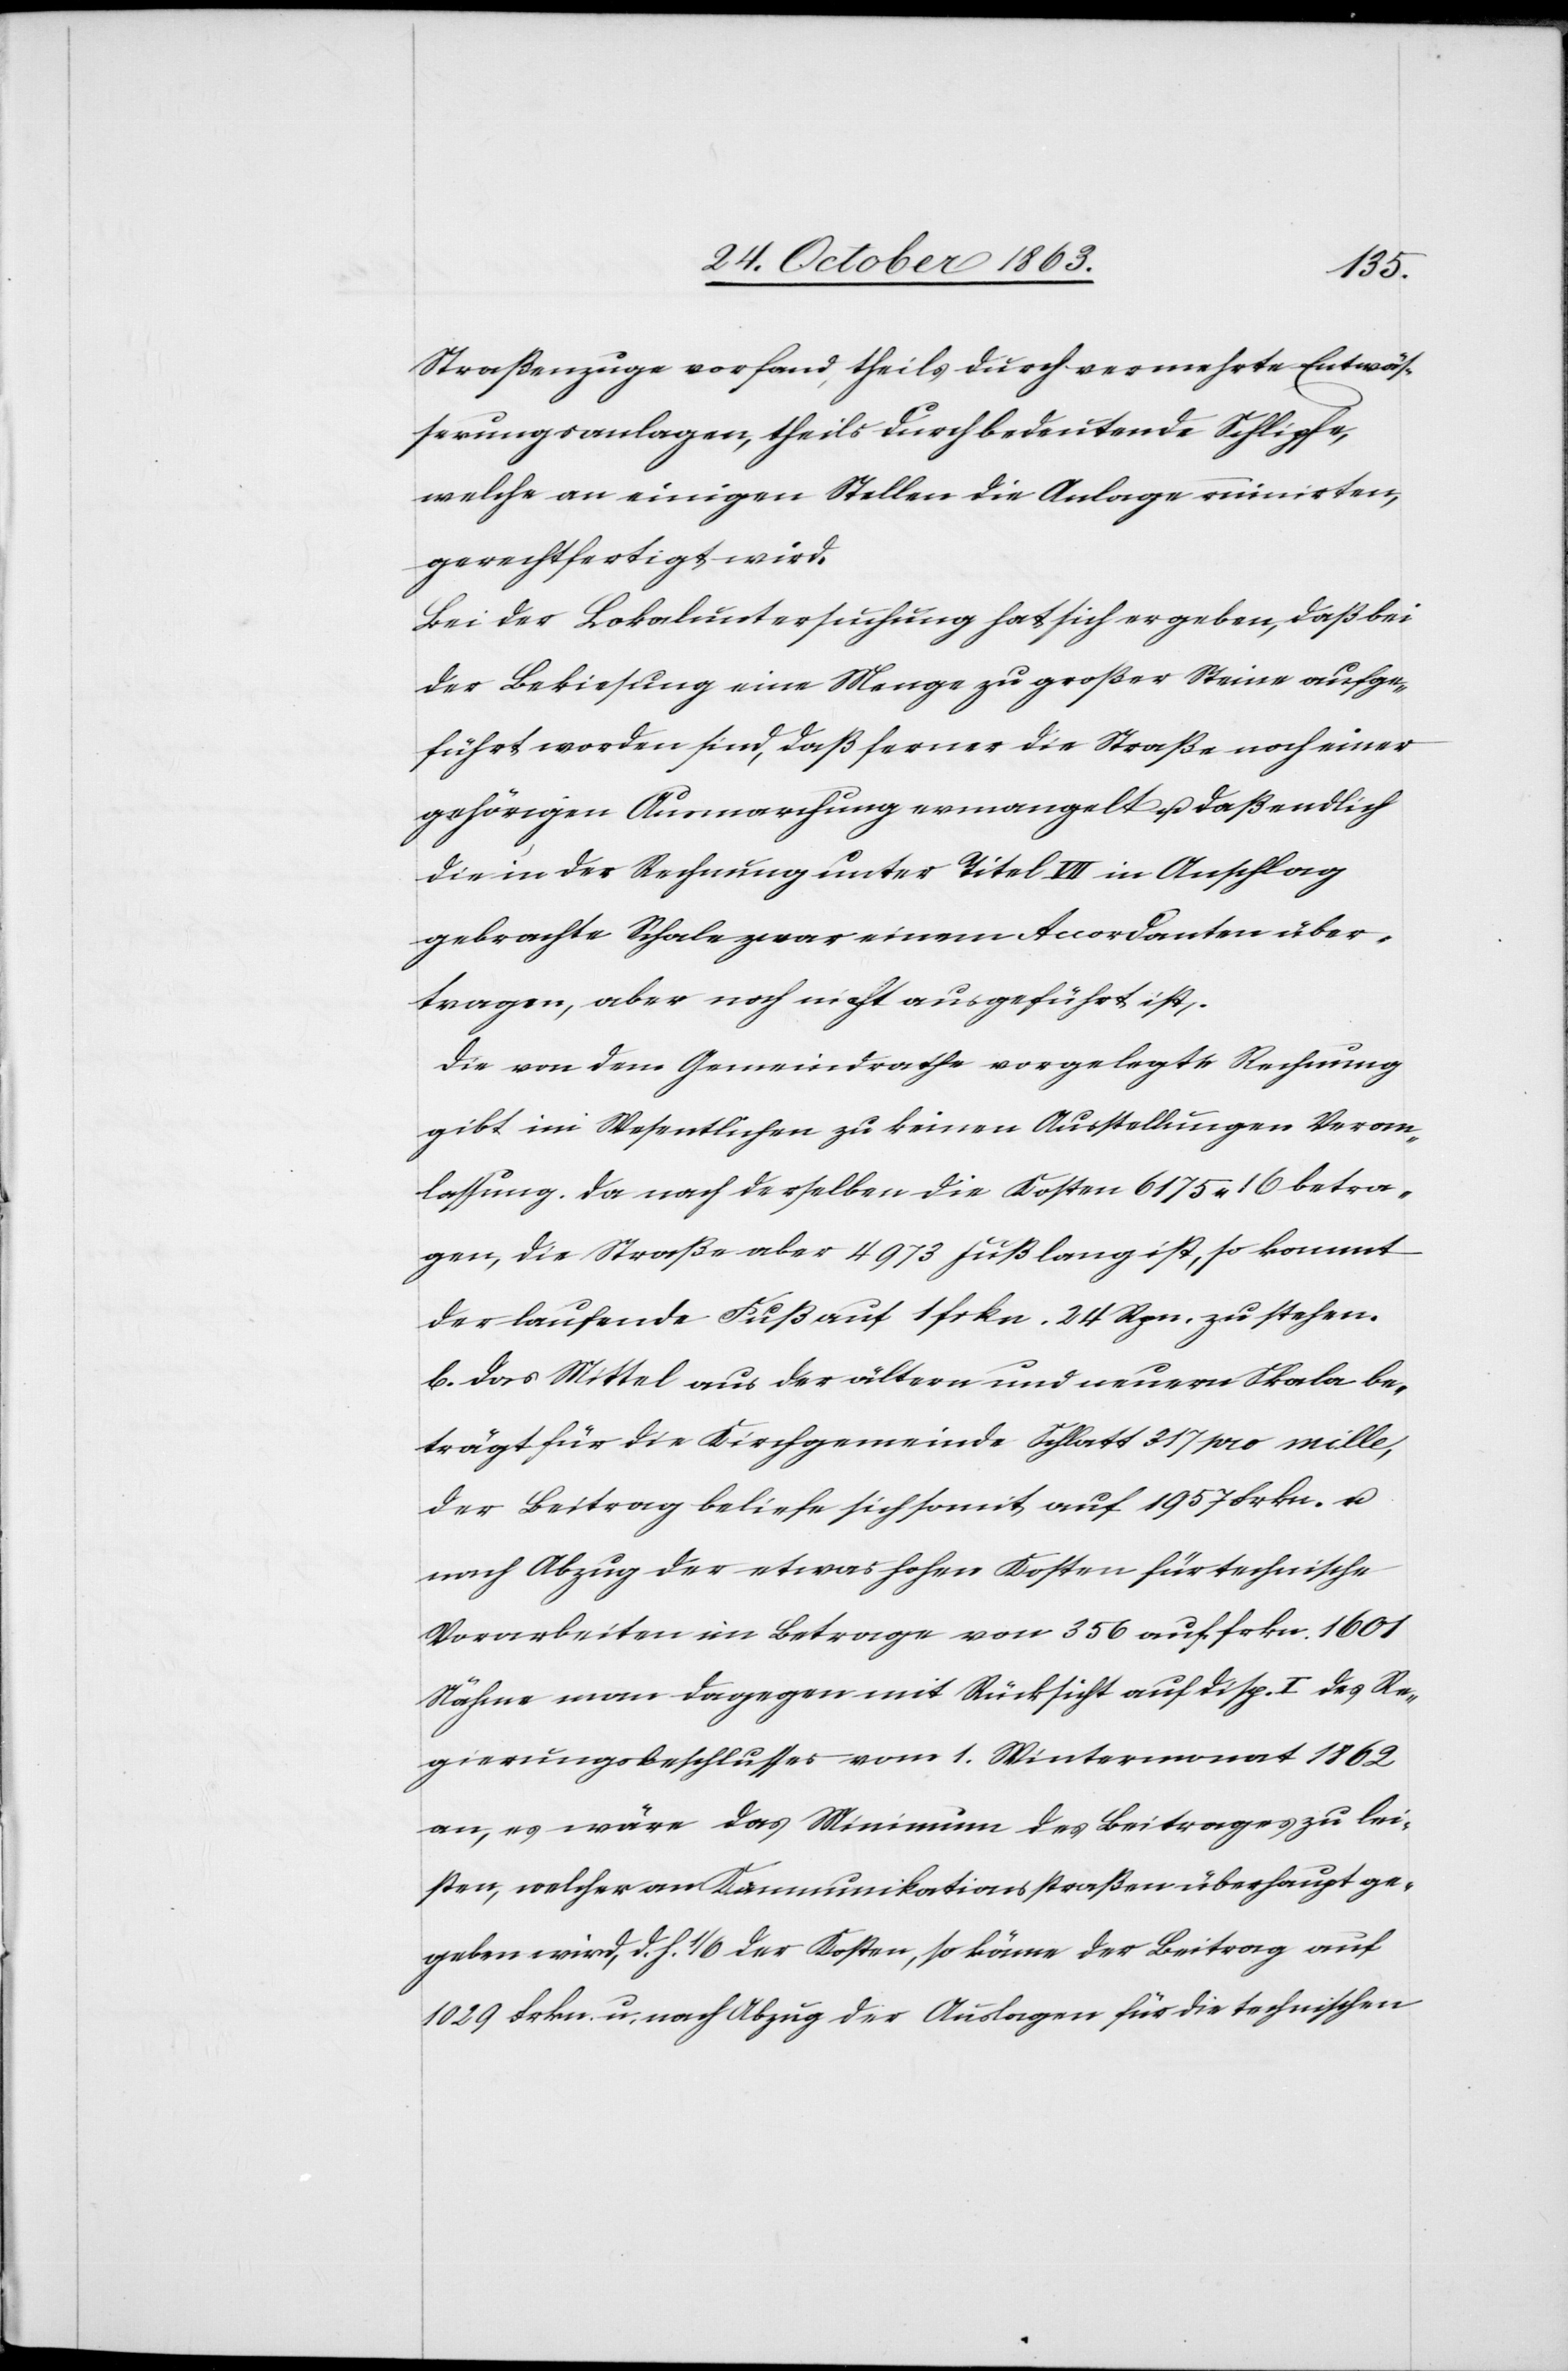
Straßenzuge vorfand, theils durch vermehrte Entwäs¬
serungsanlagen, theils durch bedeutende Schlipfe,
welche an einigen Stellen die Anlage ruinirten,
gerechtfertigt wird.
Bei der Lokaluntersuchung hat sich ergeben, daß bei
der Bekiesung eine Menge zu großer Steine aufge¬
führt worden sind, daß ferner die Straße noch einer
gehörigen Ausmarchung ermangelt u. daß endlich
die in der Rechnung unter Titel VII in Anschlag
gebrachte Schale zwar einem Accordanten über¬
tragen, aber noch nicht ausgeführt ist.
Die von dem Gemeindrathe vorgelegte Rechnung
gibt im Wesentlichen zu keinen Ausstellungen Veran¬
lassung. Da nach derselben die Kosten 6175. 16 betra¬
gen, die Straße aber 4973 Fuß lang ist, so kommt
der laufende Fuß auf 1 frkn. 24 Rpn. zu stehen.
b.) Das Mittel aus der ältern und neuern Skala be¬
trägt für die Kirchgemeinde Schlatt 317 pro mille,
der Beitrag beliefe sich somit auf 1957 Frkn. u.
nach Abzug der etwas hohen Kosten für technische
Vorarbeiten im Betrage von 356 auf frkn. 1601[.]
Nähme man dagegen mit Rücksicht auf disp. I des Re¬
gierungsbeschlusses vom 1. Wintermonat 1862
an, es wäre das Minimum des Beitrages zu lei¬
sten, welcher an Kommunikationsstraßen überhaupt ge¬
geben wird, d. h. 1/6 der Kosten, so käme der Beitrag auf
1029 Frkn. u. nach Abzug der Auslagen für die technischen